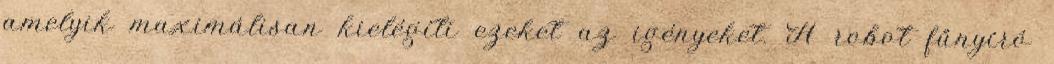
amelyik maximálisan kielégíti ezeket az igényeket. A robot fűnyíró